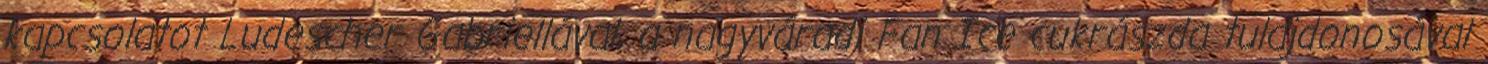
kapcsolatot Ludescher Gabriellával, a nagyváradi Fan Ice cukrászda tulajdonosával